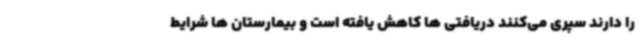
را دارند سپری می‌کنند دریافتی ها کاهش یافته است و بیمارستان ها شرایط